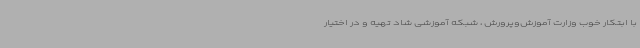
با ابتکار خوب وزارت آموزش‌وپرورش ، شبکه آموزشی شاد تهیه و در اختیار